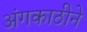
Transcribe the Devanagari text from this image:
अंगकाठीने